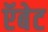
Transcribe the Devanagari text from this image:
ऍबेट